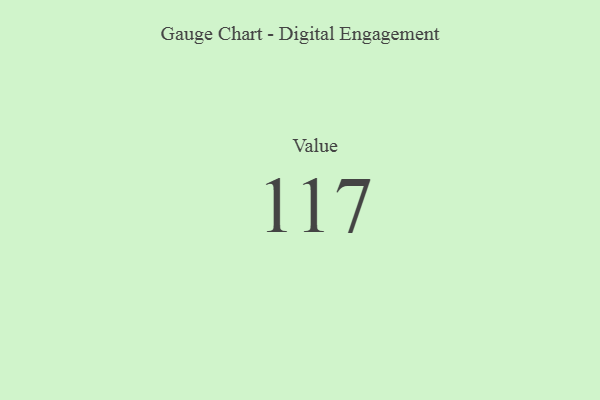
{"axis": {"x": "Metric", "y": "Value"}, "legend": [""], "data": [{"x": "Value", "y": 117, "type": ""}]}